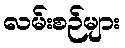
လမ်းစဉ်များ